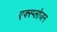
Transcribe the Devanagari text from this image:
एक्स्प्लोजन